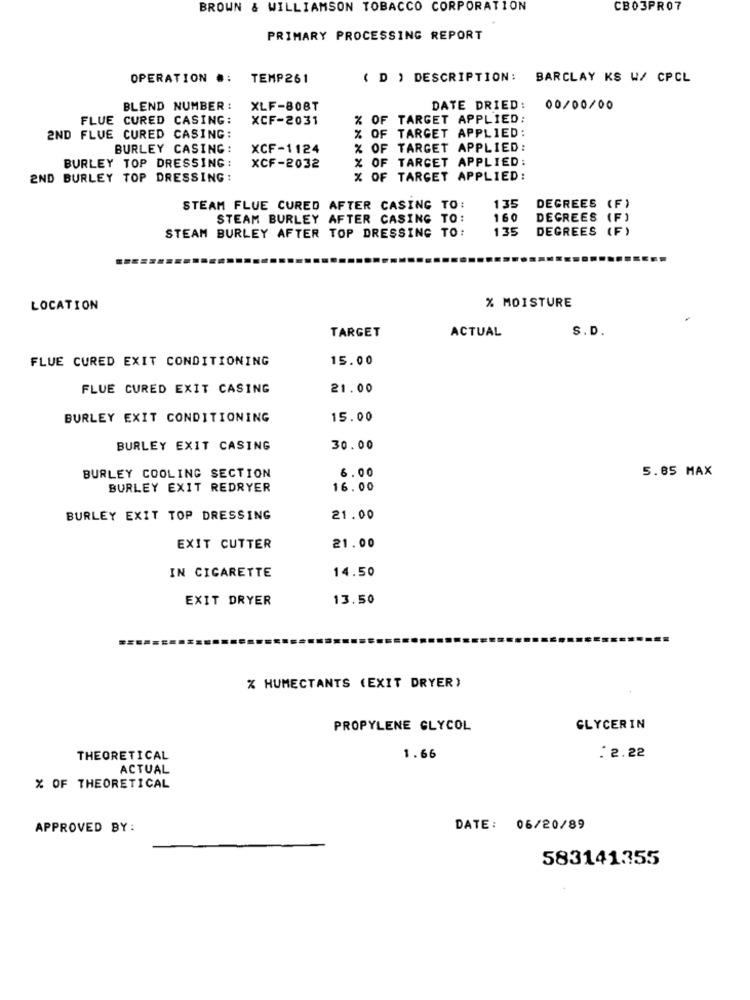
BROWN & WILLIAMSON TOBACCO CORPORATION
CB03PRO7
PRIMARY PROCESSING REPORT
OPERATION .:
TEMP 261
( D ) DESCRIPTION:
BARCLAY KS W/ CPCL
BLEND NUMBER :
XLF-808T
DATE DRIED:
00/00/00
FLUE CURED CASING:
XCF-2031
% OF TARGET APPLIED:
% OF TARGET APPLIED:
2ND FLUE CURED CASING:
BURLEY CASING:
XCF-1124
% OF TARGET APPLIED:
% OF TARGET APPLIED:
BURLEY TOP DRESSING:
XCF-2032
END BURLEY TOP DRESSING :
% OF TARGET APPLIED:
DEGREES
STEAM FLUE CURED AFTER CASING TO:
135
( F)
STEAM BURLEY AFTER CASING TO:
160
DEGREES
STEAM BURLEY AFTER TOP DRESSING TO:
135
DEGREES (F)
% MOISTURE
LOCATION
TARGET
ACTUAL
S.D.
FLUE CURED EXIT CONDITIONING
15.00
FLUE CURED EXIT CASING
21.00
BURLEY EXIT CONDITIONING
15.00
BURLEY EXIT CASING
30.00
5.85 MAX
BURLEY COOLING SECTION
6.00
BURLEY EXIT REDRYER
16.00
BURLEY EXIT TOP DRESSING
21.00
EXIT CUTTER
21.00
IN CIGARETTE
14.50
EXIT DRYER
13.50
% HUMECTANTS (EXIT DRYER)
PROPYLENE GLYCOL
GLYCERIN
THEORETICAL
1.66
: 2.22
ACTUAL
% OF THEORETICAL
APPROVED BY:
DATE: 06/20/89
583141355